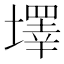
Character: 墿